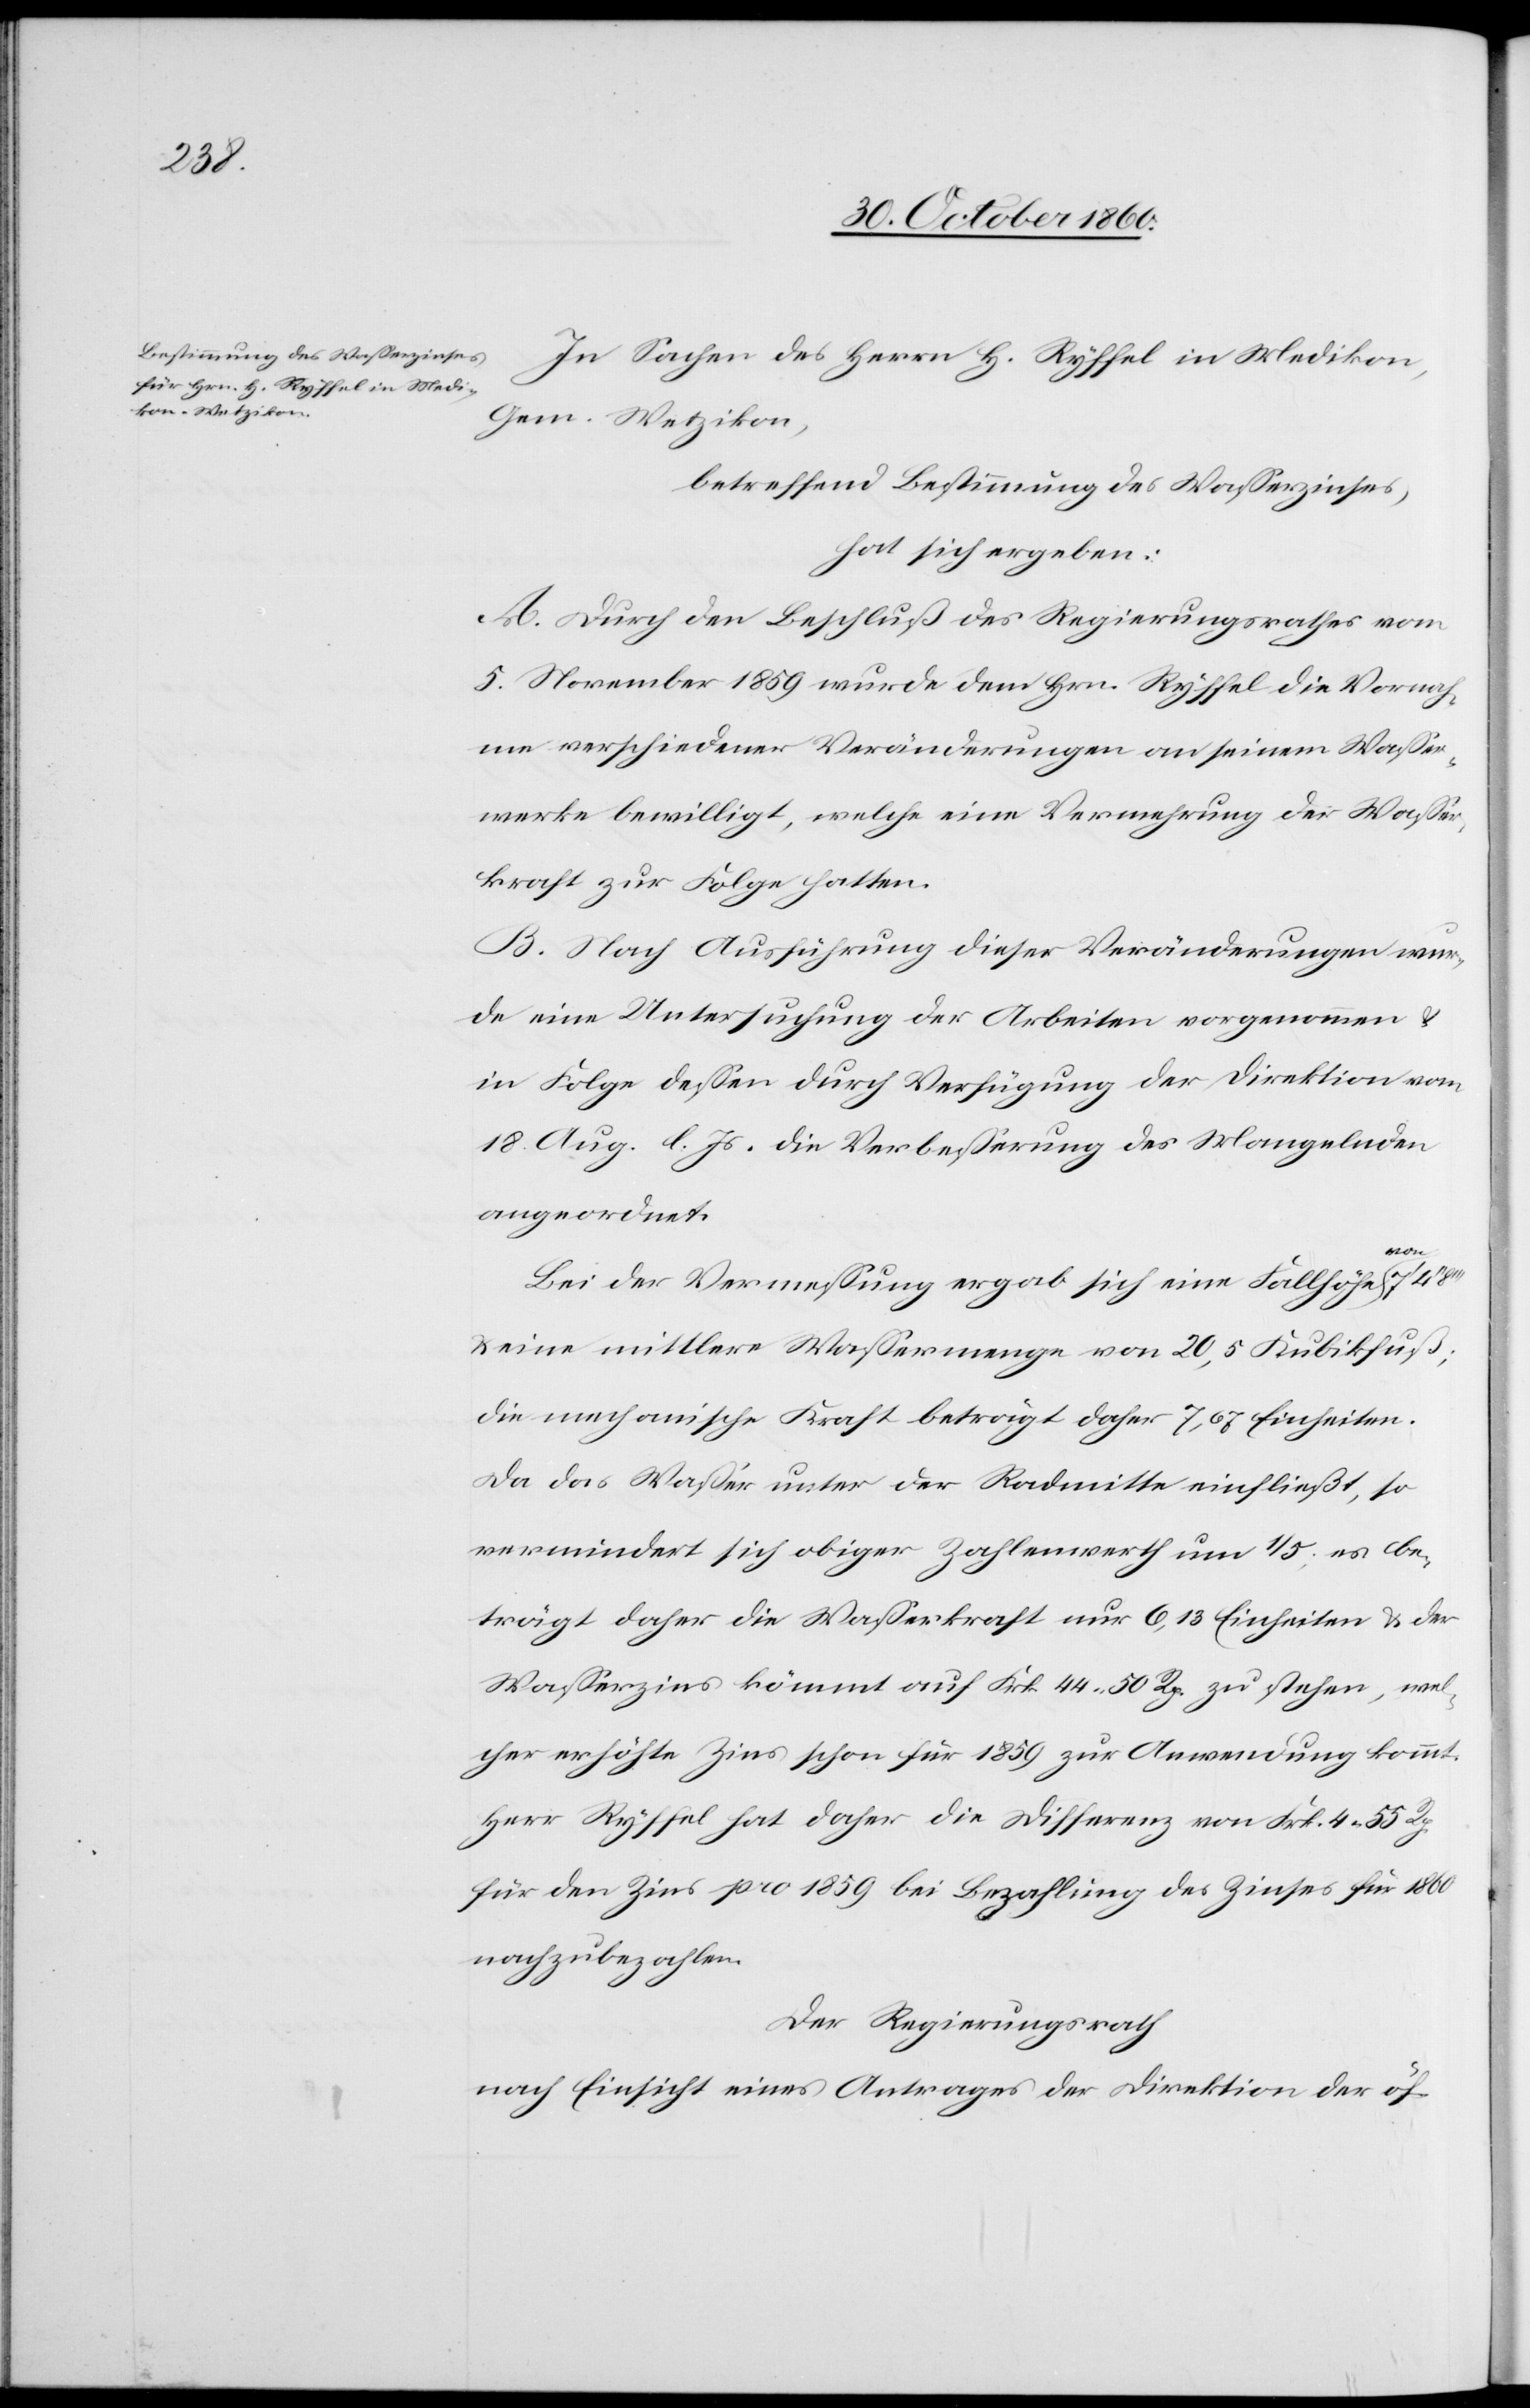
In Sachen des Herrn H. Ryffel in Medikon,
Gem. Wetzikon,
betreffend Bestimmung des Wasserzinses,
hat sich ergeben:
A. Durch den Beschluß des Regierungsrathes vom
5. November 1859 wurde dem Hrn. Ryffel die Vornah¬
me verschiedener Veränderungen an seinem Wasser¬
werke bewilligt, welche eine Vermehrung der Wasser¬
kraft zur Folge hatten.
B. Nach Ausführung dieser Veränderungen wur¬
de eine Untersuchung der Arbeiten vorgenommen
in Folge dessen durch Verfügung der Direktion vom
18. Aug. l. Js. die Verbesserung des Mangelnden
angeordnet.
Bei Vermessung ergab sich eine Fallhöhe von 7’
u. eine mittlere Wassermenge von 20,5 Kubikfuß;
die mechanische Kraft beträgt daher 7,67 Einheiten.
Da das Wasser unter der Radmitte einfließt, so
vermindert sich obiger Zahlenwerth um 1/5; es be¬
trägt daher die Wasserkraft nur 6,13 Einheiten u. der
Wasserzins kömmt auf Frk. 44 50 Rp. zu stehen, wel¬
cher erhöhte Zins schon für 1859 zur Anwendung kommt.
Herr Ryffel hat daher die Differenz von Frk. 4 55 Rp.
für den Zins pro 1859 bei Bezahlung des Zinses für 1860
nachzubezahlen.
Der Regierungsrath
nach Einsicht eines Antrages der Direktion der öf-